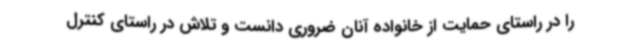
را در راستای حمایت از خانواده آنان ضروری دانست و تلاش در راستای کنترل